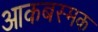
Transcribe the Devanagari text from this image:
आकबस्मक